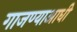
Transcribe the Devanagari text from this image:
गाजण्याआधी